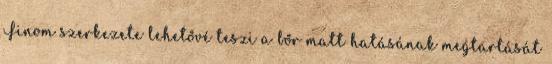
Finom szerkezete lehetővé teszi a bőr matt hatásának megtartását